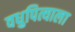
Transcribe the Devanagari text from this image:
वधुपित्याला